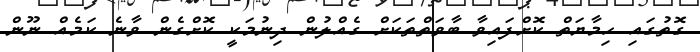
ގޮތުގައި ހިމާޔަތް ކޮށްފައިވާ ބާވަތްތަކަށް ގެއްލުން ދިނުމަކީ ކޮށްގެން ވާނެ ކަމެއް ނޫން